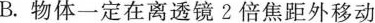
B.物体一定在离透镜2倍焦距外移动